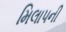
મિલાપની